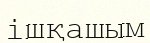
ішқашым